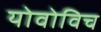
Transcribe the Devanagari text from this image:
योवोविच